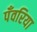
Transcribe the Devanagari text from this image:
पँवरिया